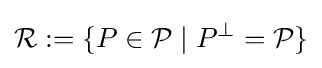
{\mathcal {R}}:=\{P\in {\mathcal {P}}\mid P^{\perp }={\mathcal {P}}\}